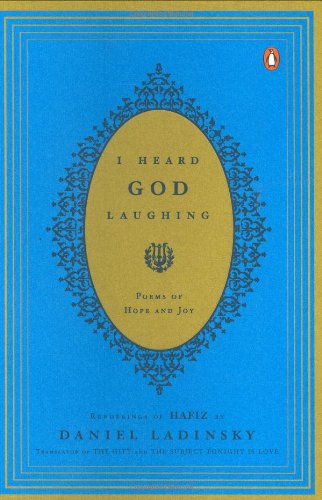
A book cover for I Heard God Laughing: Poems of Hope and Joy; Hafiz; Literature & Fiction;